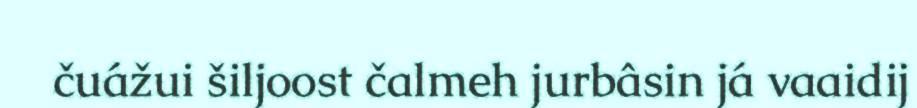
čuážui šiljoost čalmeh jurbâsin já vaaidij